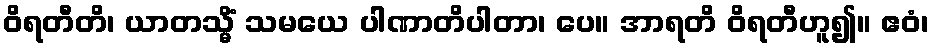
ဝိရတီတိ၊ ယာတသ္မိံ သမယေ ပါဏာတိပါတာ၊ ပေ။ အာရတိ ဝိရတီဟူ၍။ ဧဝံ၊